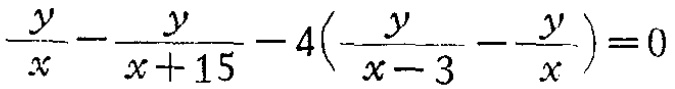
\(\frac{y}{x}-\frac{y}{x + 15}-4(\frac{y}{x - 3}-\frac{y}{x})=0\)